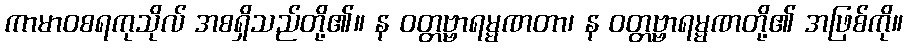
ကာမာဝစရကုသိုလ် အစရှိသည်တို့၏။ န ဝတ္တဗ္ဗာရမ္မဏတာ၊ န ဝတ္တဗ္ဗာရမ္မဏတို့၏ အဖြစ်ကို။